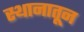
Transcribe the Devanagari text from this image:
स्थानातून